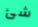
شئ